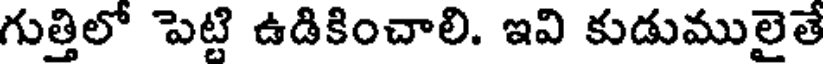
గుత్తిలో పెట్టి ఉడికించాలి. ఇవి కుడుములైతే